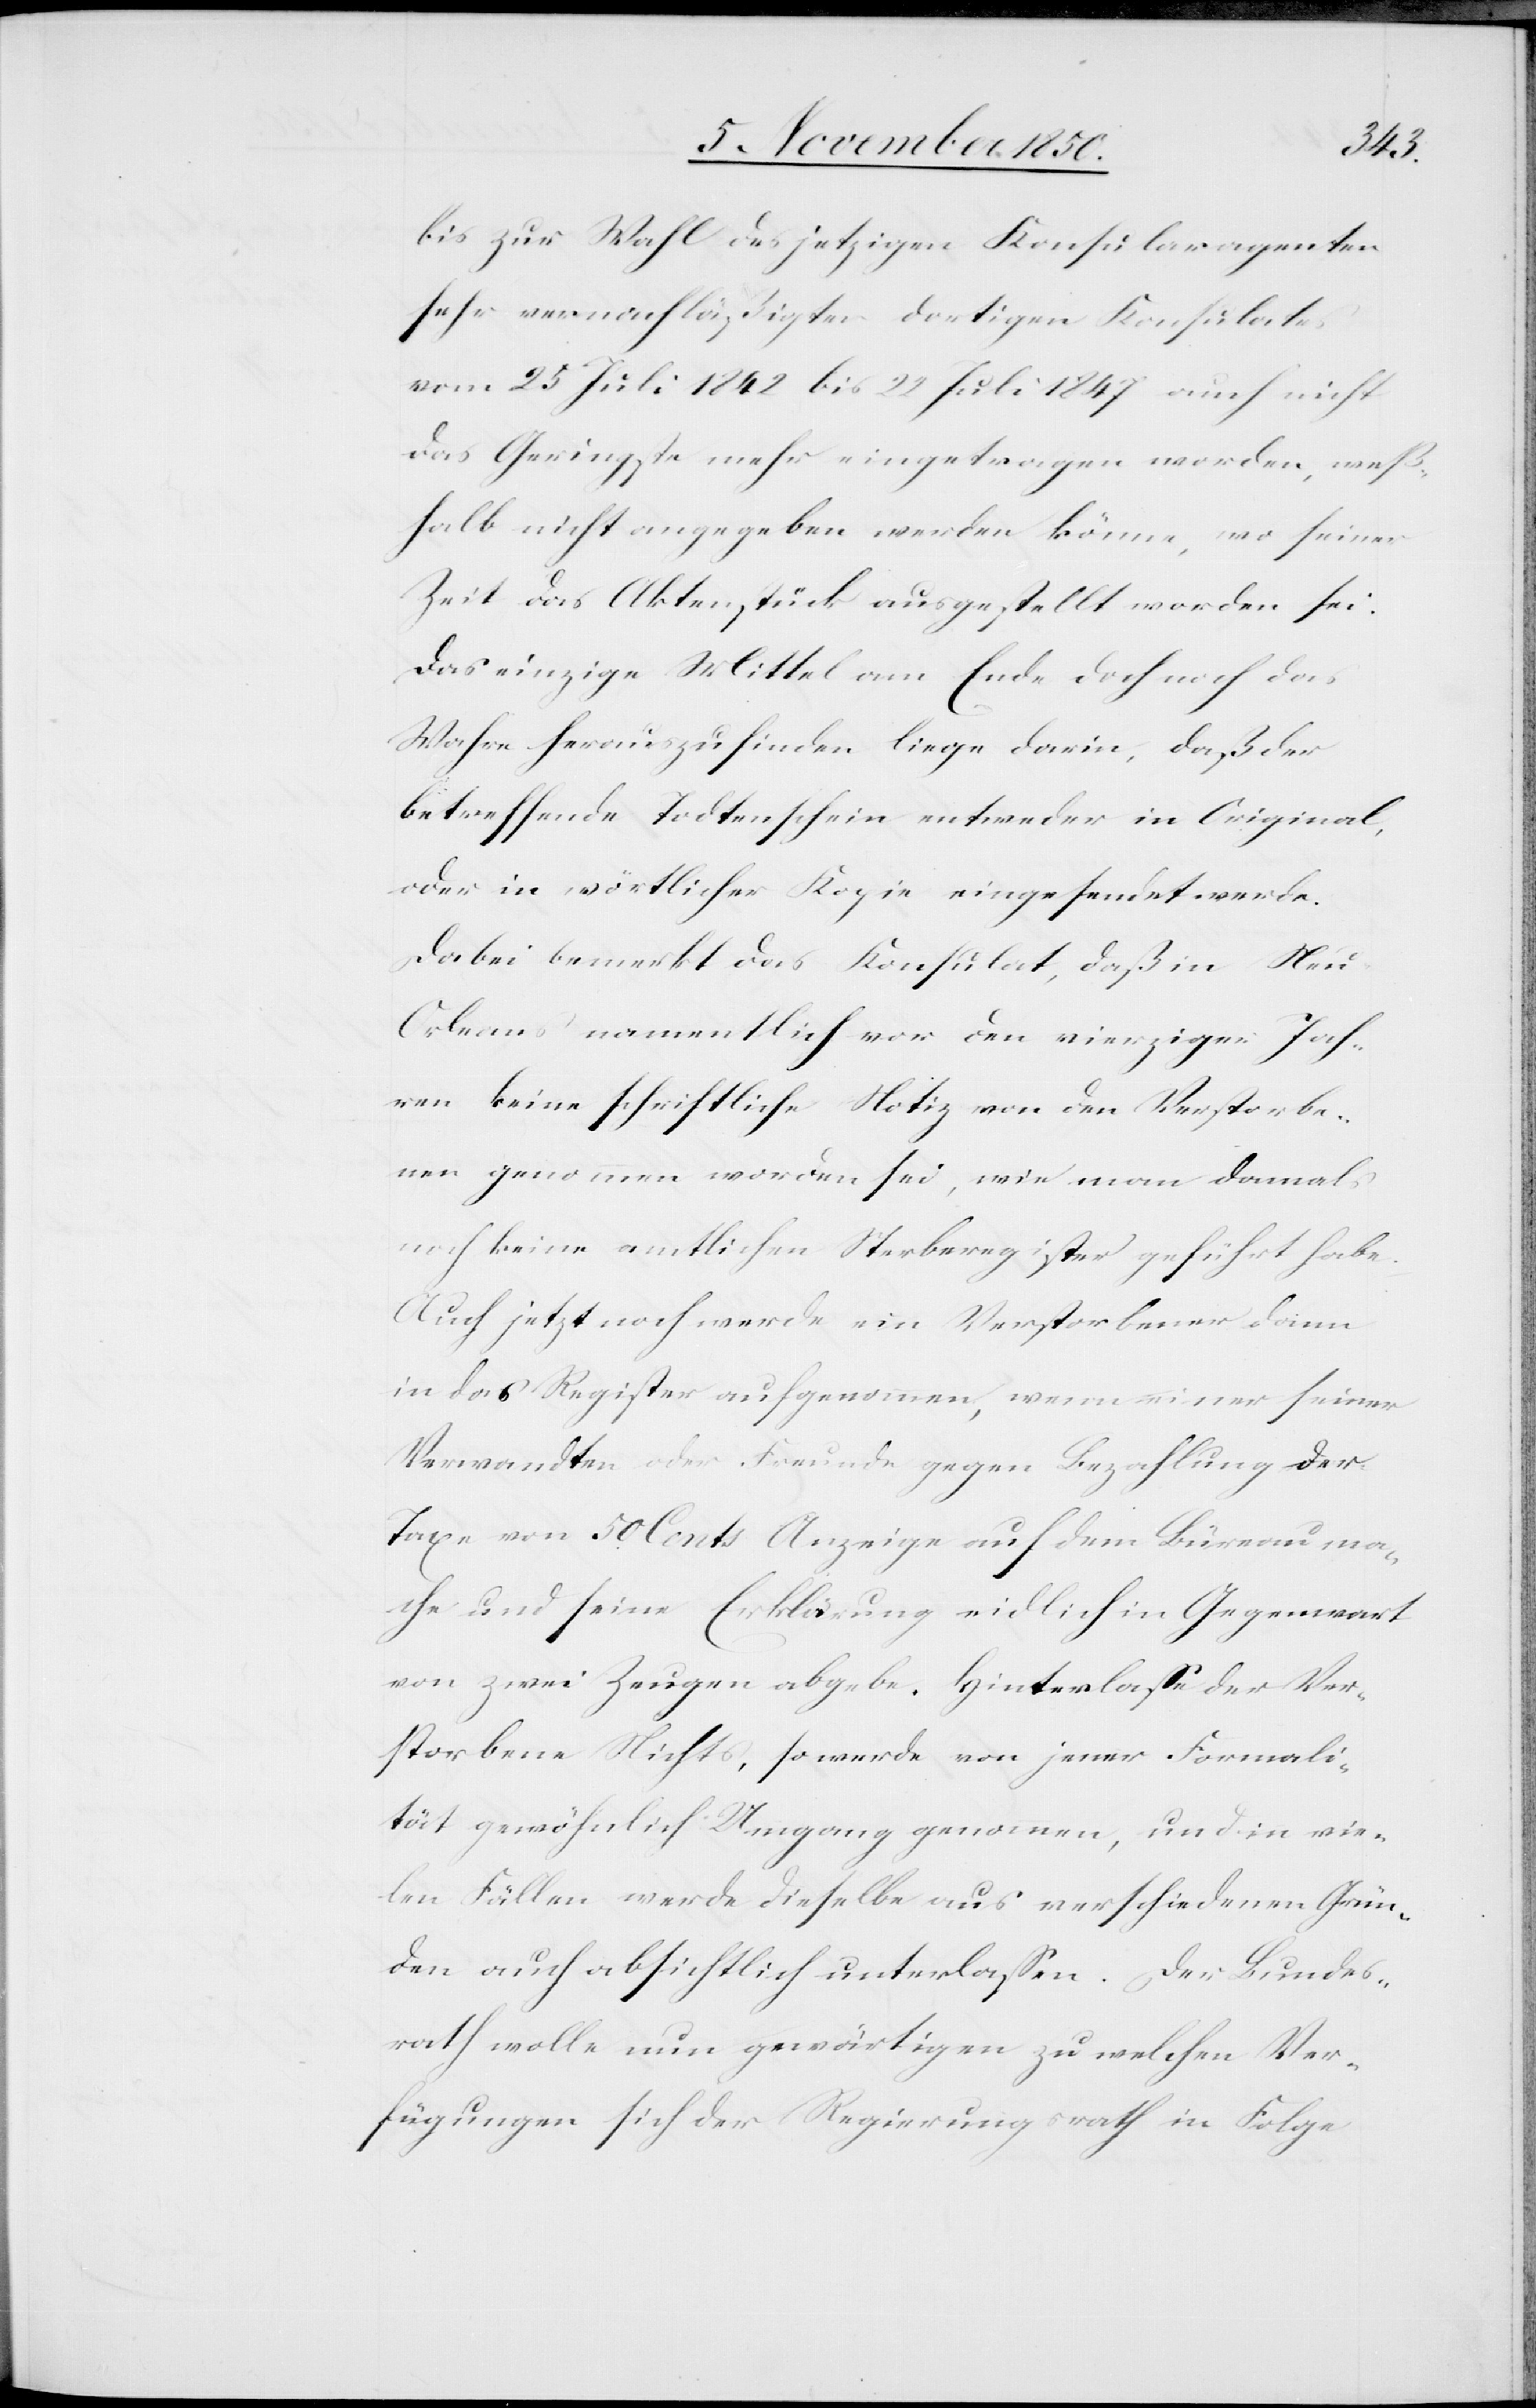
bis zur Wahl des jetzigen Konsularagenten
sehr vernachläßigten dortigen Konsulates
vom 25 Juli 1842 bis 22 Juli 1847 auch nicht
das Geringste mehr eingetragen worden, weß¬
halb nicht angegeben werden könne, wo seiner
Zeit das Aktenstück ausgestellt worden sei.
Das einzige Mittel am Ende doch noch das
Wahre herauszufinden liege darin, daß der
betreffende Todtenschein entweder in Original,
oder in wörtlicher Kopie eingesendet werde.
Dabei bemerkt das Konsulat, das in Ne¬
u-Orleans namentlich vor den vierziger Jah¬
ren keine schriftliche Notiz von den Verstorbe¬
nen genommen worden sei, wie man damals
noch keine amtlichen Sterberegister geführt habe.
Auch jetzt noch werde ein Verstorbener dann
in das Register aufgenommen, wenn einer seiner
Verwandten oder Freunde gegen Bezahlung der
Taxe von 50 Cents Anzeige auf dem Büreau ma¬
che und seine Erklärung eidlich in Gegenwart
von zwei Zeugen abgebe. Hinterlasse der Ver¬
storbene Nichts, so werde von jener Formali¬
tät gewöhnlich Umgang genommen, und in vie¬
len Fällen werde dieselbe aus verschiedenen Grün¬
den auch absichtlich unterlassen. Der Bundes¬
rath wolle nun gewärtigen zu welchen Ver¬
fügungen sich der Regierungsrath in Folge